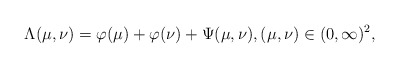
\begin{align*} \Lambda(\mu,\nu)=\varphi(\mu)+\varphi(\nu)+\Psi(\mu,\nu),(\mu,\nu)\in(0,\infty)^{2},\end{align*}